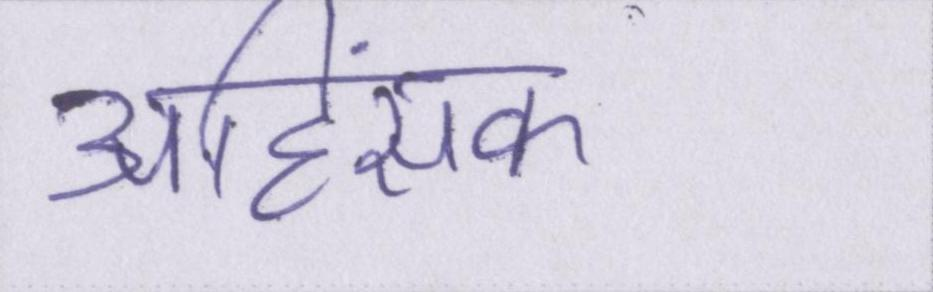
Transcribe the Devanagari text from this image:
अहिंसक